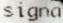
SIGNA